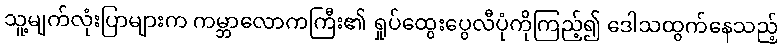
သူ့မျက်လုံးပြာများက ကမ္ဘာလောကကြီး၏ ရှုပ်ထွေးပွေလီပုံကိုကြည့်၍ ဒေါသထွက်နေသည့်